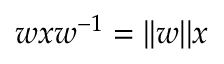
\displaystyle w x w ^ { - 1 } = | | w | | x